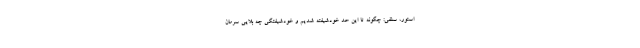
استور، سلفی: چگونه تا این حد خودشیفته شدیم و خودشیفتگی چه بلایی سرمان